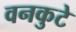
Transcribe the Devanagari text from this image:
वनकुटे